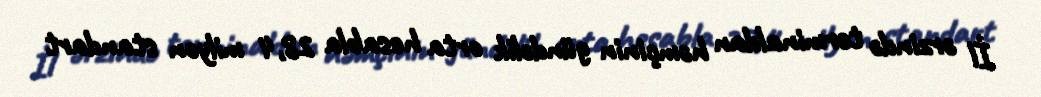
İl ərzində terminaldan həmçinin gündəlik orta hesabla 28,4 milyon standart